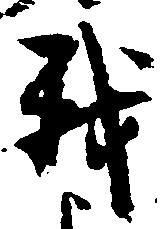
我